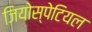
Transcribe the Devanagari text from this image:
जियोस्पेटियल